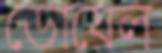
ডোয়েল